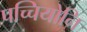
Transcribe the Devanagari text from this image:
पच्चियोनि